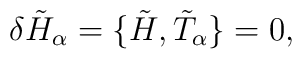
\delta{\tilde H}_\alpha=\lbrace \tilde H,{\tilde T}_\alpha \rbrace =0,